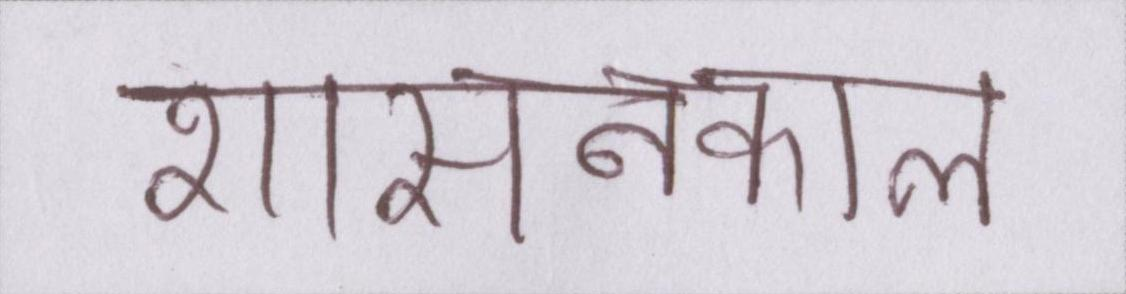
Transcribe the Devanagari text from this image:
शासनकाल